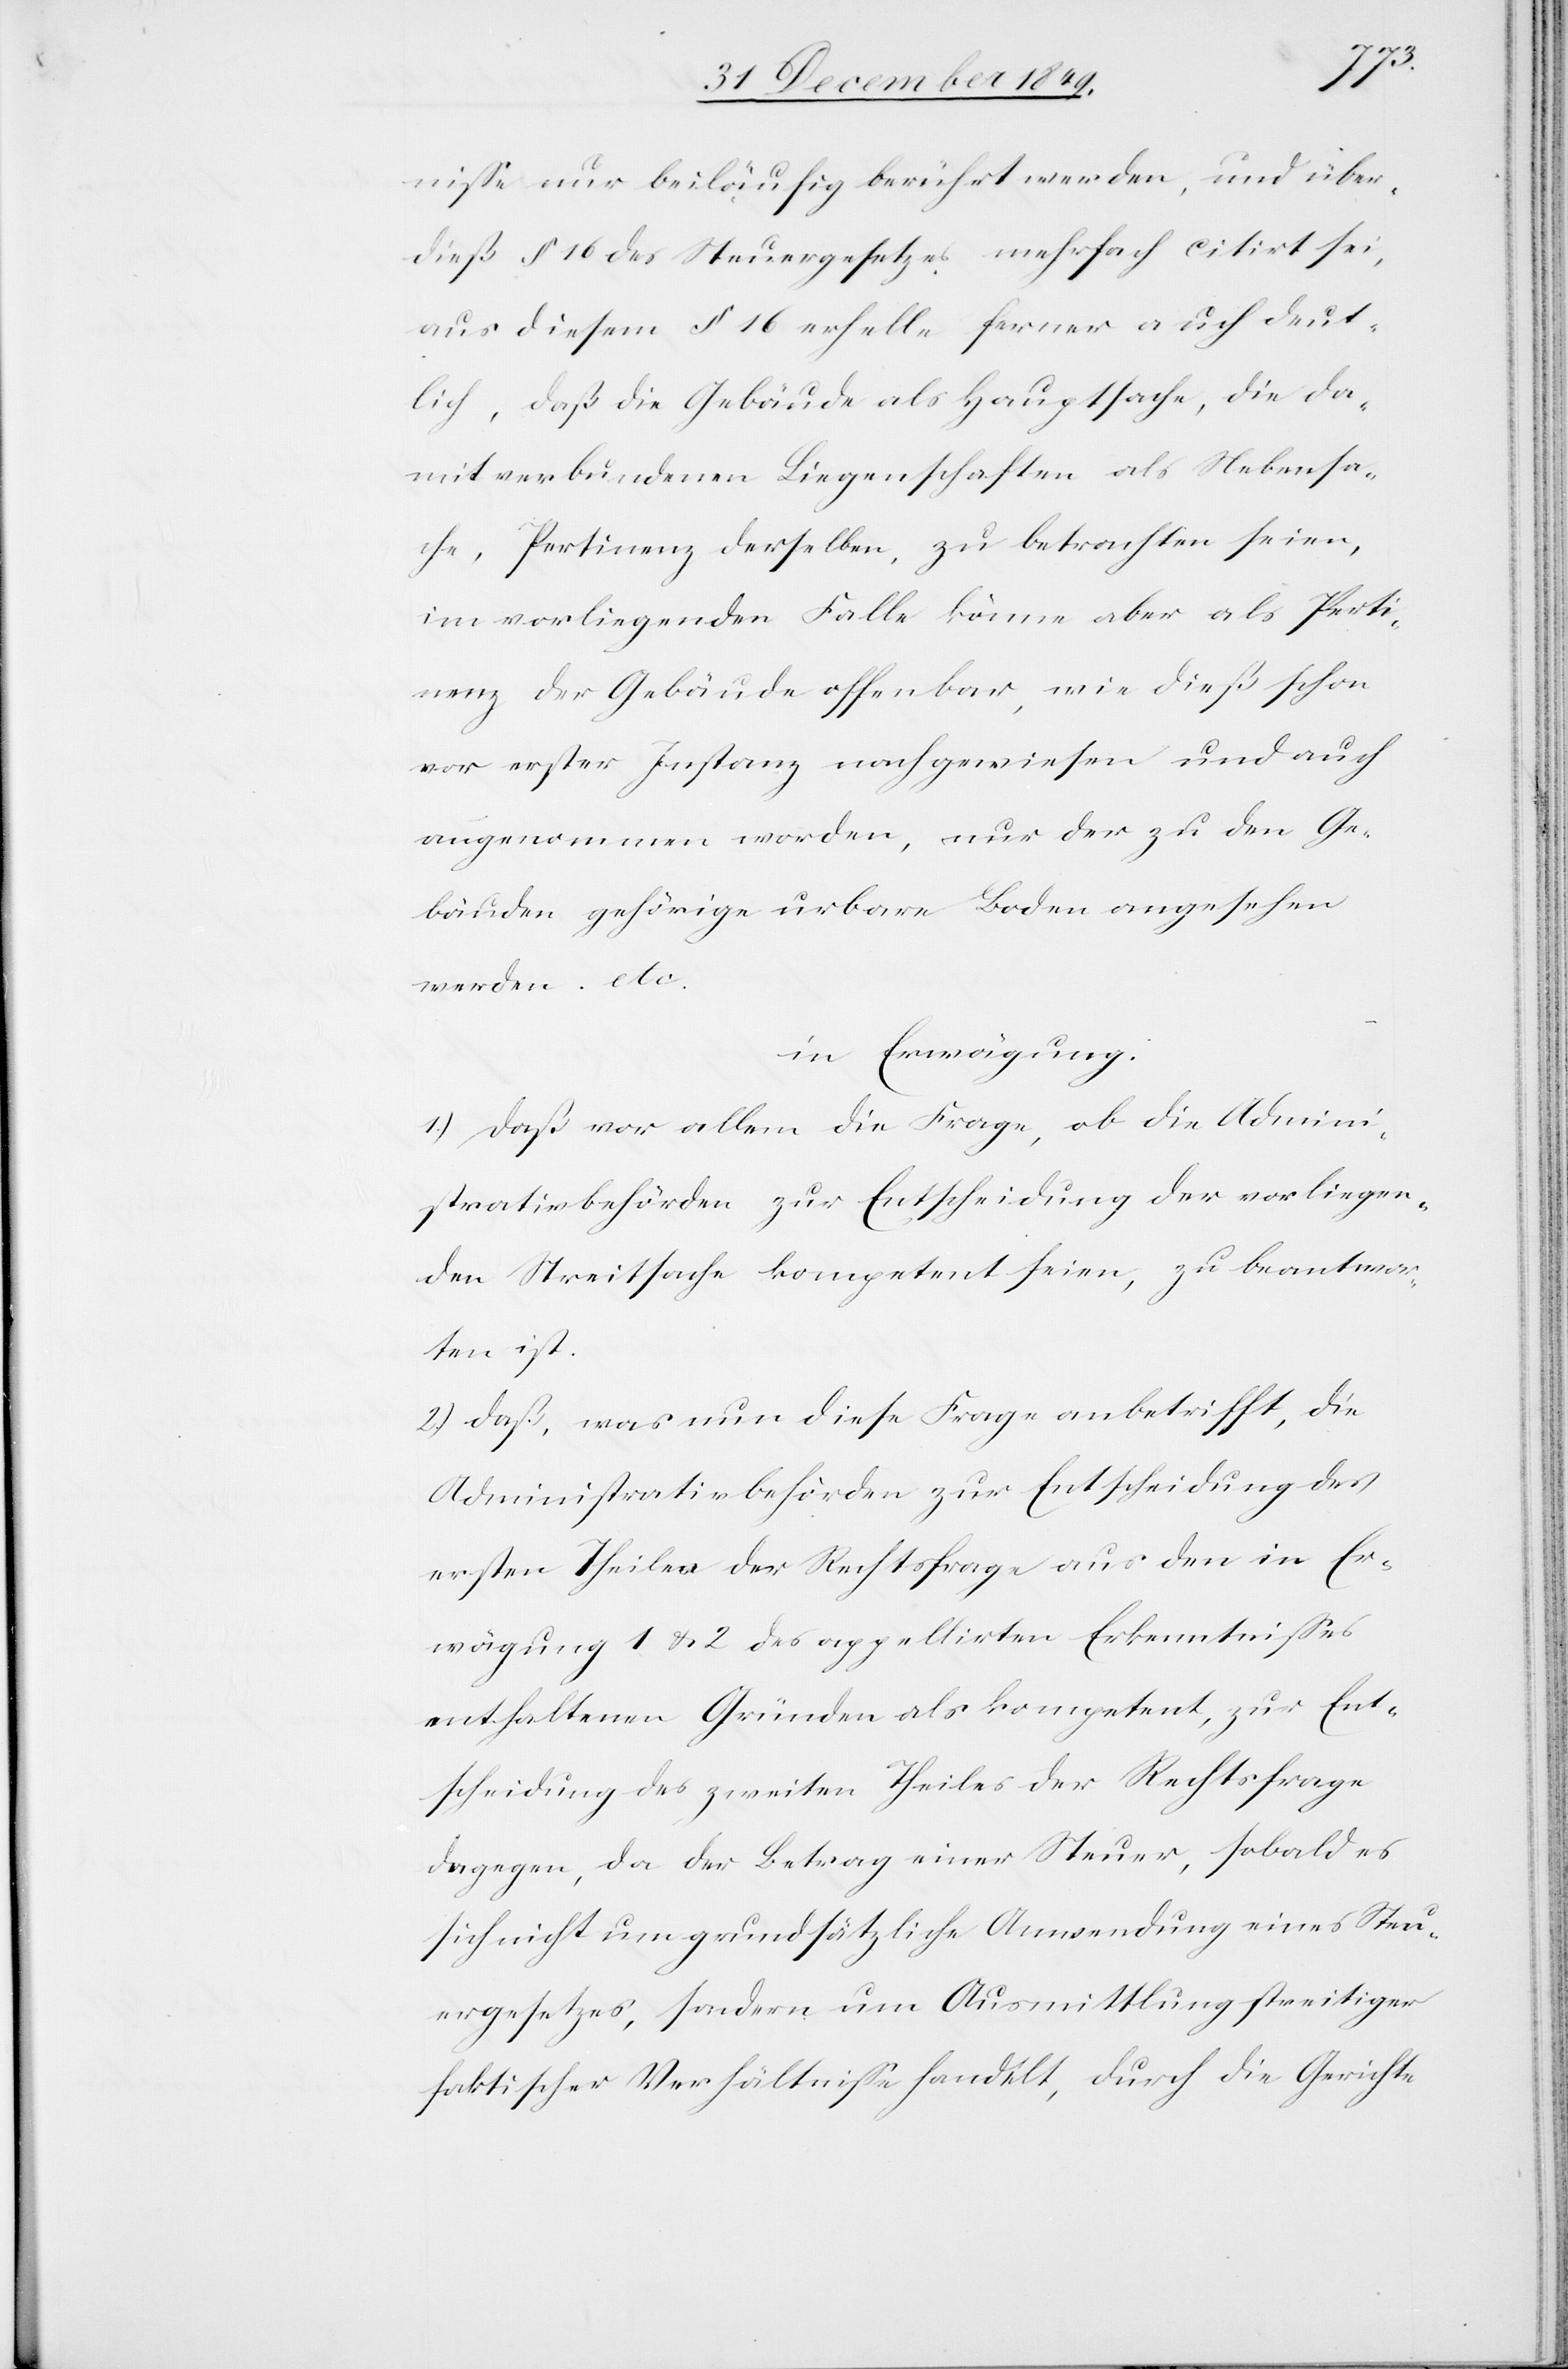
niße nur beiläufig berührt werden, und über¬
dieß § 16 des Steuergesetzes mehrfach citirt sei,
aus diesem § 16 erhelle ferner auch deut¬
lich, daß die Gebäude als Hauptsache, die da¬
mit verbundenen Liegenschaften als Nebensa¬
che, Pertinenz derselben, zu betrachten seien,
im vorliegenden Falle könne aber als Perti¬
nenz der Gebäude offenbar, wie dieß schon
vor erster Instanz nachgewiesen und auch
angenommen worden, nur der zu den Ge¬
bäuden gehörige urbane Boden angesehen
werden. etc.
in Erwägung:
1.) daß vor allem die Frage, ob die Admini¬
strativbehörden zur Entscheidung der vorliegen¬
den Streitfrage kompetent seien, zu beantwor¬
ten ist.
2.) daß, was nun diese Frage betrifft, die
Administrativbehörden zur Entscheidung des
ersten Theiles der Rechtsfrage aus den in Er¬
wägung 1 u. 2 des appellirten Erkenntnißes
enthaltenen Gründen als kompetent, zur Ent¬
scheidung des zweiten Theiles der Rechtsfrage
dagegen, da der Betrag einer Steuer, sobald es
sich nicht um grundsätzliche Anwendung eines Steu¬
ergesetzes, sondern um Ausmittlung streitiger
faktischer Verhältniße handelt, durch die Gerichte,